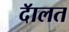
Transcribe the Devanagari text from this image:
दॅालत